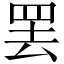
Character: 罢